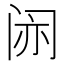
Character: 𫔱